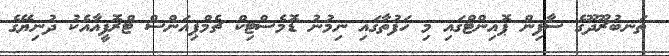
ތަނބުރޫދޫގެ ސާފިން ޕޮއިންޓްގައި މި ހަފުތާގައި ނިމުނު ޑޮމެސްޓިކް ޗެމްޕިއަންސް ޓްރޮފީއާއެކު ދުނިޔޭގެ